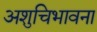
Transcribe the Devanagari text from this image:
अशुचिभावना